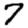
Digit: 7